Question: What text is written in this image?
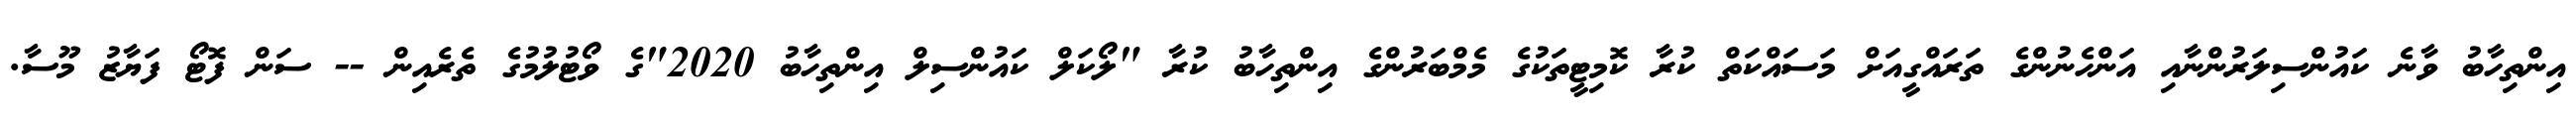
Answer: އިންތިހާބު ވާނެ ކައުންސިލަރުންނާއި އަންހެނުންގެ ތަރައްގީއަށް މަސައްކަތް ކުރާ ކޮމިޓީތަކުގެ މެމްބަރުންގެ އިންތިހާބު ކުރާ "ލޯކަލް ކައުންސިލް އިންތިހާބު 2020"ގެ ވޯޓުލުމުގެ ތެރެއިން -- ސަން ފޮޓޯ ފަޔާޒު މޫސާ.